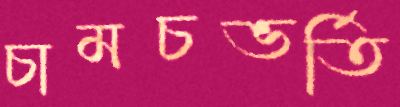
চামচভর্তি